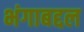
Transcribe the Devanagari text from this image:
भंगाबद्दल